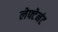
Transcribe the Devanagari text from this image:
लेफ्टेनंट